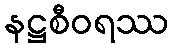
နဋ္ဌစီဝရဿ